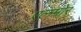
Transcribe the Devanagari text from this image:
एलमोर